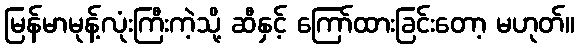
မြန်မာမုန့်လုံးကြီးကဲ့သို့ ဆီနှင့် ကြော်ထားခြင်းတော့ မဟုတ်။